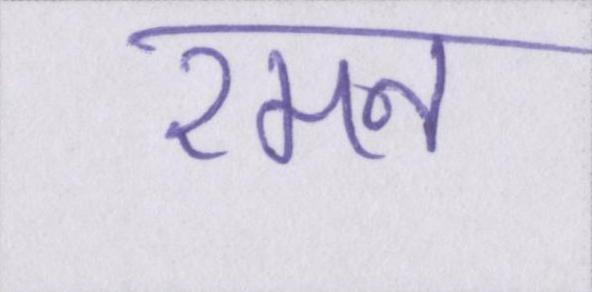
रमन